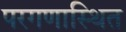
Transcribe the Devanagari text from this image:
परगणास्थित